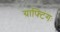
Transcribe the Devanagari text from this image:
ग्राफ्टिंगः